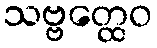
သဗ္ဗတ္ထေဝ